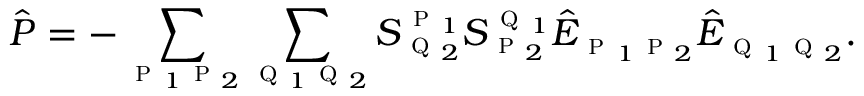
\hat { P } = - \sum _ { \textsc { p } _ { 1 } \textsc { p } _ { 2 } } \sum _ { \textsc { q } _ { 1 } \textsc { q } _ { 2 } } S _ { \textsc { q } _ { 2 } } ^ { \textsc { p } _ { 1 } } S _ { \textsc { p } _ { 2 } } ^ { \textsc { q } _ { 1 } } \hat { E } _ { \textsc { p } _ { 1 } \textsc { p } _ { 2 } } \hat { E } _ { \textsc { q } _ { 1 } \textsc { q } _ { 2 } } .